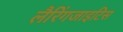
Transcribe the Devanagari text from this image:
लैरिंगजाइटिस